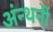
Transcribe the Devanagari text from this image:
अंन्थनी